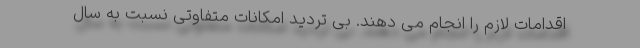
اقدامات لازم را انجام می دهند. بی تردید امکانات متفاوتی نسبت به سال